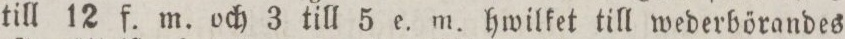
till 12 f. m. och 3 till 5 e. m. hwilket till wederbörandes